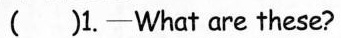
( ) 1. — What are these?